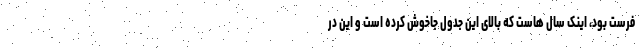
فرست بود، اینک سال هاست که بالای این جدول جاخوش کرده است و این در